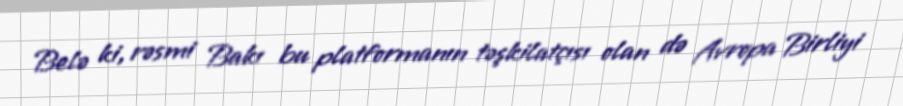
Belə ki, rəsmi Bakı bu platformanın təşkilatçısı olan də Avropa Birliyi